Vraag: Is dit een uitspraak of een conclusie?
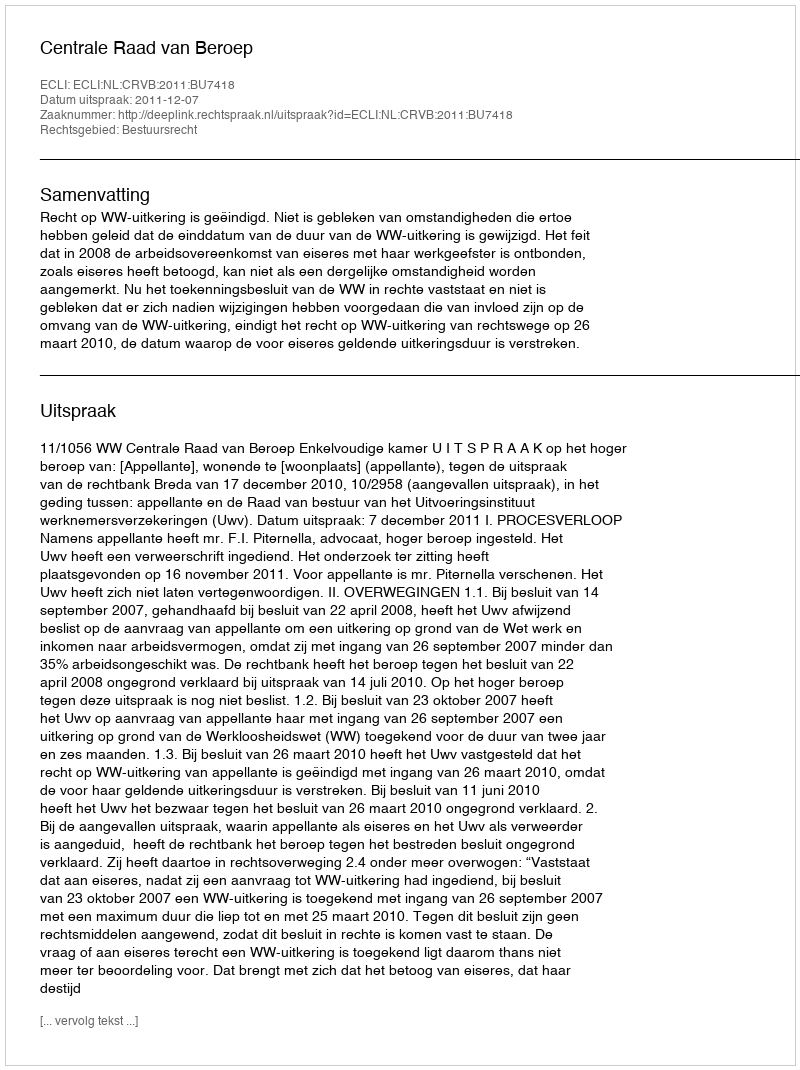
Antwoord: Uitspraak